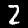
Label: 2